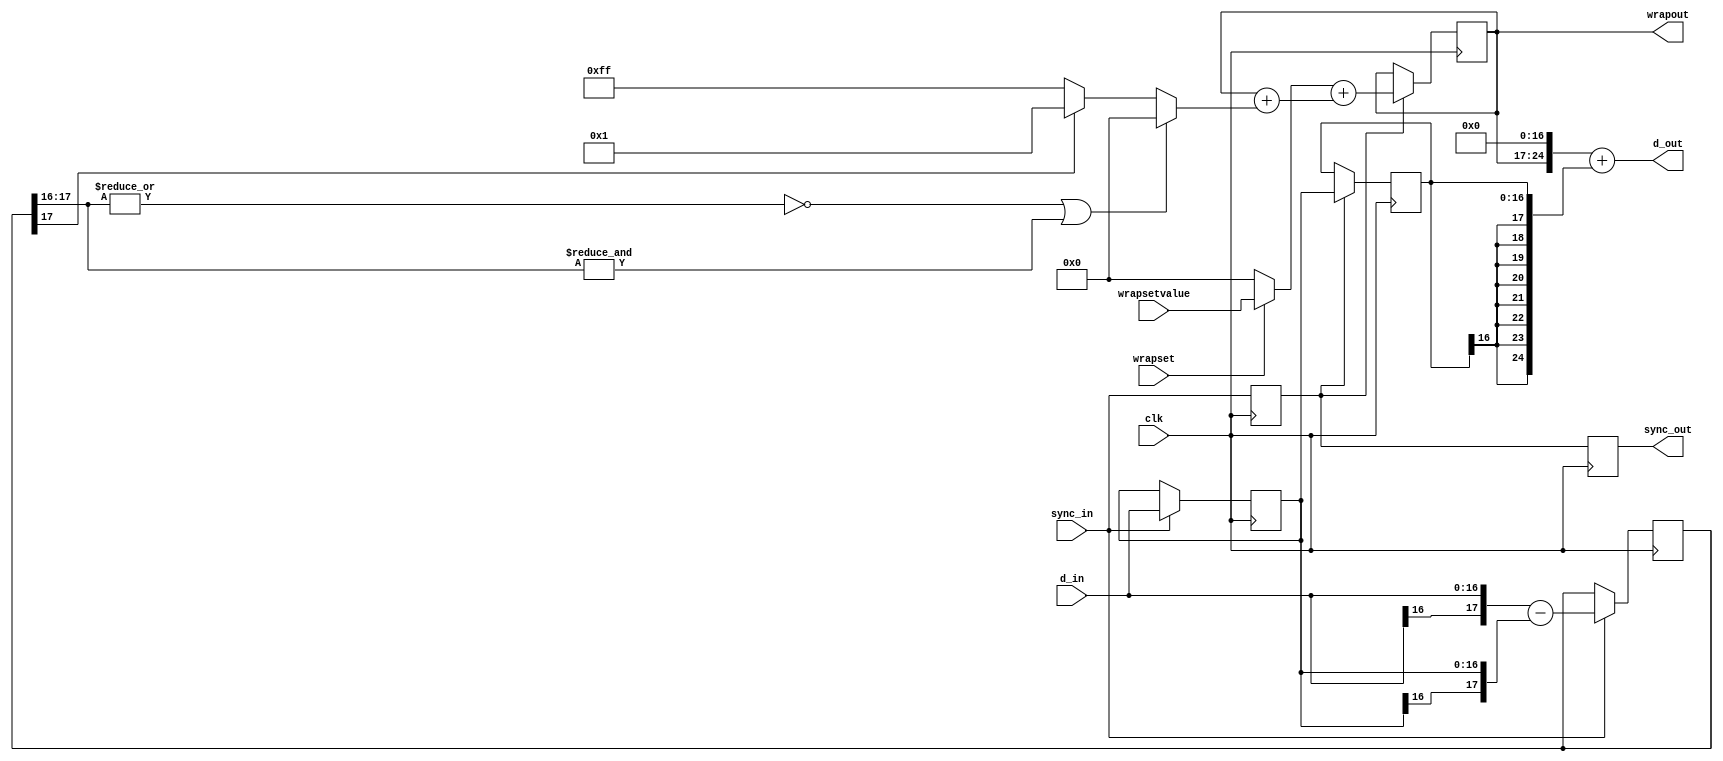
`timescale 1ns / 1ns
module unwrap(clk,sync_in,d_in,wrapset,wrapsetvalue,sync_out,d_out,wrapout);
parameter win=17;
parameter wpi2in=1;
parameter wout=25;
input clk;   // timespec 8.4 ns
input sync_in;  // two pulses in a row
input signed [win-1:0] d_in;
input wrapset;
input [wout-win+wpi2in-2:0] wrapsetvalue;
output sync_out;
output signed [wout-1:0] d_out;
output [wout-win+wpi2in-2:0] wrapout;

reg sync1=0;
reg signed [win-1:0] old1=0;
reg signed [win:0] diff1=0;
always @(posedge clk) begin
	if (sync_in) begin
		diff1 <= {d_in[win-1],d_in} - {old1[win-1],old1};
		old1 <= d_in;
	end
	sync1 <= sync_in;
end

reg sync2=0;
reg signed [wout-win+wpi2in-2:0] wrap1=0;
reg signed [win-1:0] old1_d=0;
wire overflow = ~((~|diff1[win:win-wpi2in])||(&diff1[win:win-wpi2in]));
//(diff1[win])^(diff1[win-1]);
wire signed [wout-win+wpi2in-2:0] delta = overflow ? (diff1[win] ?1: {(wout-win+wpi2in-1){1'b1}} ): {(wout-win+wpi2in-1){1'b0}};
//wire signed [wout-win-1:0] delta = overflow ? (diff1[win] ?1: {(wout-win){1'b1}} ): {(wout-win){1'b0}};
always @(posedge clk) begin
	if (sync1) begin
		wrap1 <= $signed(wrapset? wrapsetvalue:0) +(wrap1 + delta);
		old1_d <= old1;
	end
	sync2 <= sync1;
end
/*
reg sync3=0;
reg [wout-1:0]d_out_r=0;
always @(posedge clk) begin
	if (sync2) begin

	end
	sync3 <= sync2;
end
*/
assign sync_out = sync2;
assign d_out ={wrap1,{(win-wpi2in+1){1'b0}}}+{{(wout-win){old1_d[win-1]}}, old1_d};
assign wrapout = wrap1;
endmodule